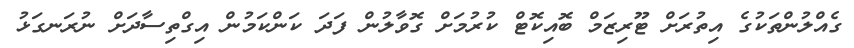
ގެއްލުންތަކުގެ އިތުރަށް ޓޫރިޒަމް ބޮއިކޮޓް ކުރުމަށް ގޮވާލުން ފަދަ ކަންކަމުން އިގްތިސާދަށް ނުރަނގަޅު